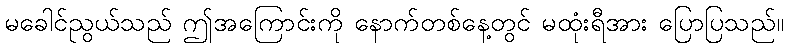
မခေါင်ညွယ်သည် ဤအကြောင်းကို နောက်တစ်နေ့တွင် မထုံးရီအား ပြောပြသည်။